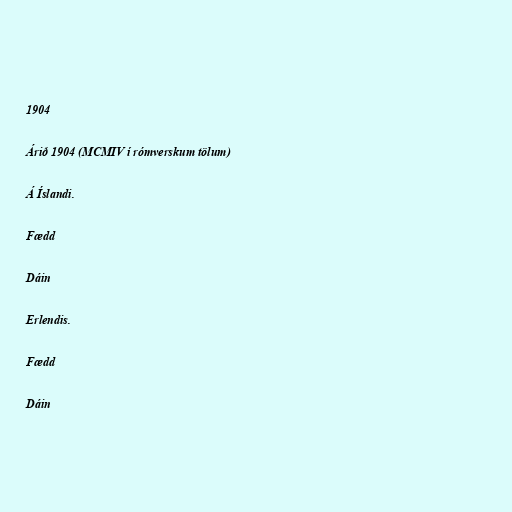
1904

Árið 1904 (MCMIV í rómverskum tölum)

Á Íslandi.

Fædd

Dáin

Erlendis.

Fædd

Dáin